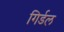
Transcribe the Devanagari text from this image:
गिर्डल